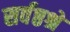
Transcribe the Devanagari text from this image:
सर्वष्ठश्रे